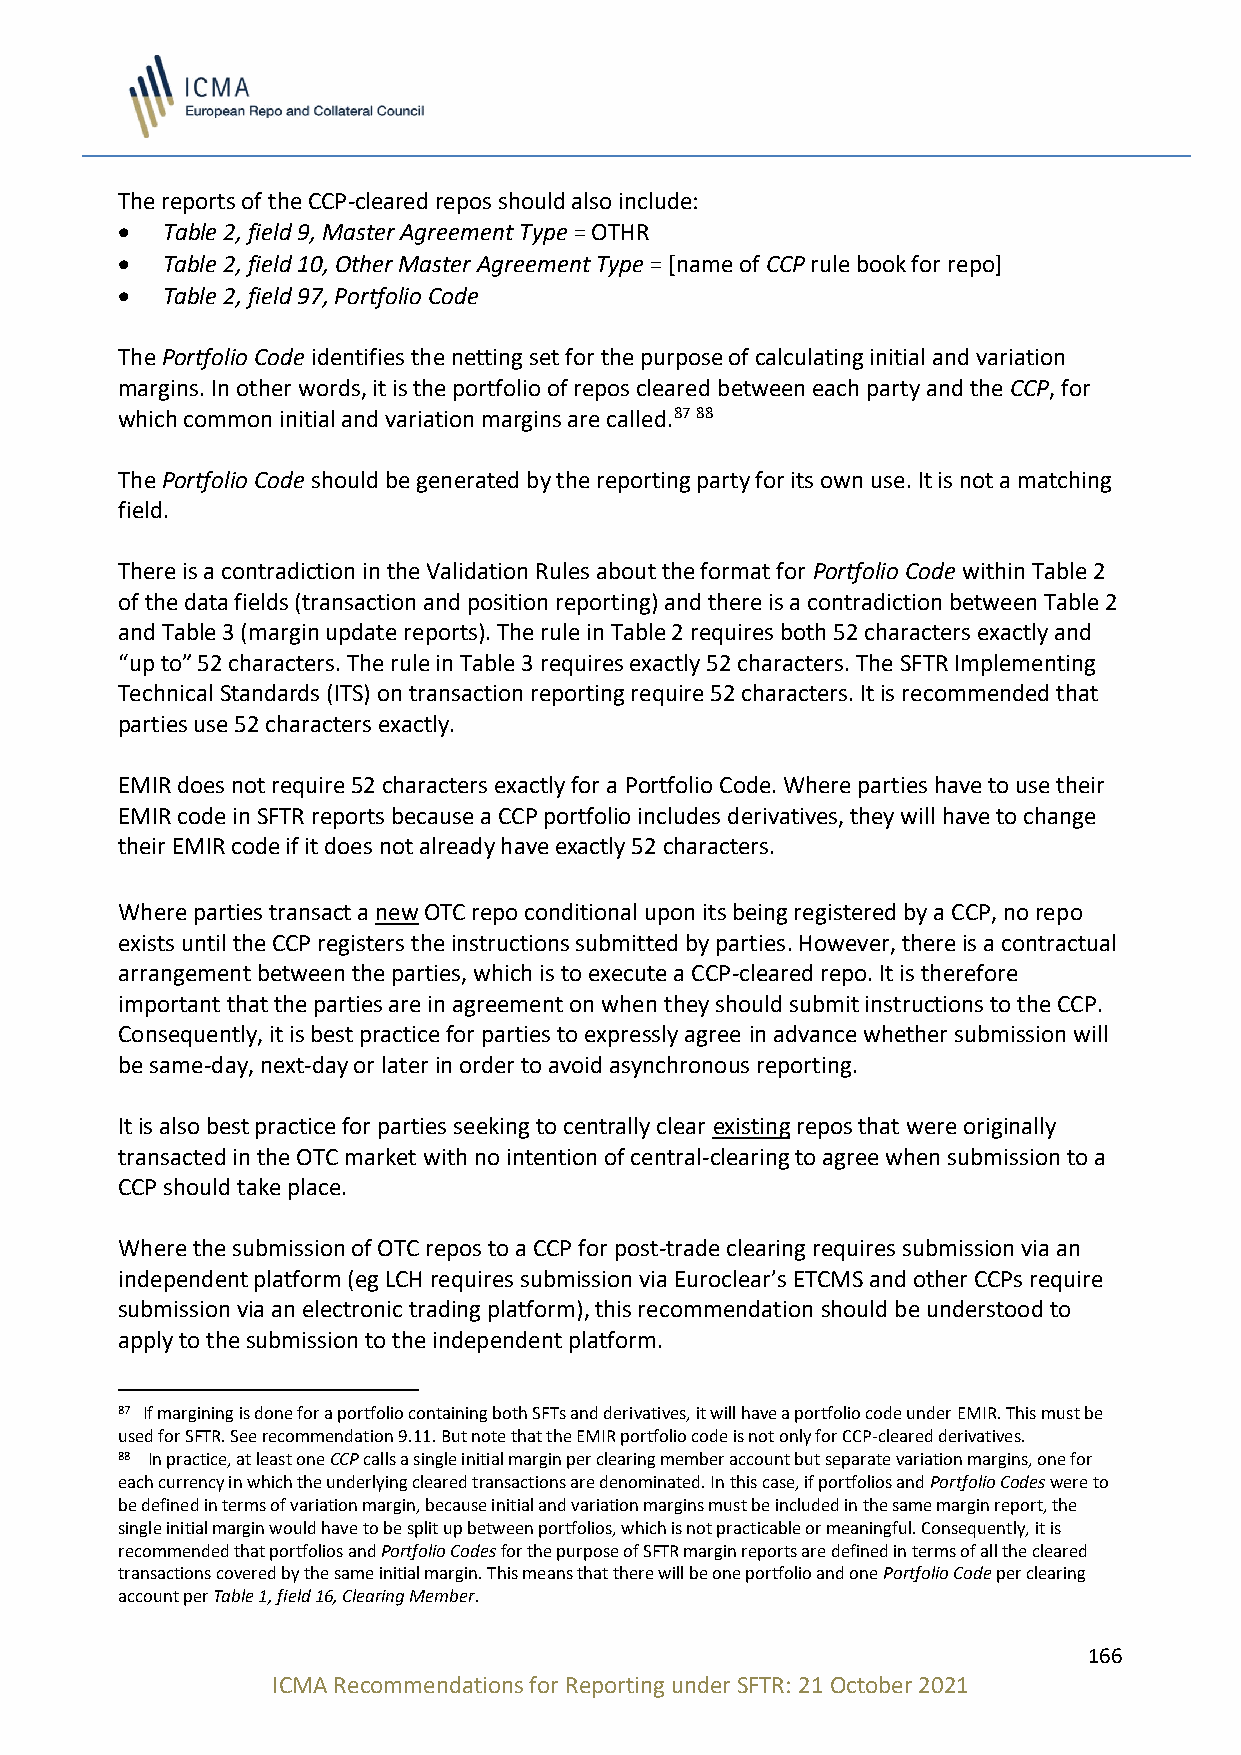
The reports of the CCP-cleared repos should also include:
 •  Table 2, field 9, Master Agreement Type = OTHR
 •  Table 2, field 10, Other Master Agreement Type = [name of CCP rule book for repo]
 •  Table 2, field 97, Portfolio Code
 The Portfolio Code identifies the netting set for the purpose of calculating initial and variation
 margins. In other words, it is the portfolio of repos cleared between each party and the CCP, for
 which common initial and variation margins are called.87 88
 The Portfolio Code should be generated by the reporting party for its own use. It is not a matching
 field.
 There is a contradiction in the Validation Rules about the format for Portfolio Code within Table 2
 of the data fields (transaction and position reporting) and there is a contradiction between Table 2
 and Table 3 (margin update reports). The rule in Table 2 requires both 52 characters exactly and
 “up to” 52 characters. The rule in Table 3 requires exactly 52 characters. The SFTR Implementing
 Technical Standards (ITS) on transaction reporting require 52 characters. It is recommended that
 parties use 52 characters exactly.
 EMIR does not require 52 characters exactly for a Portfolio Code. Where parties have to use their
 EMIR code in SFTR reports because a CCP portfolio includes derivatives, they will have to change
 their EMIR code if it does not already have exactly 52 characters.
 Where parties transact a new OTC repo conditional upon its being registered by a CCP, no repo
 exists until the CCP registers the instructions submitted by parties. However, there is a contractual
 arrangement between the parties, which is to execute a CCP-cleared repo. It is therefore
 important that the parties are in agreement on when they should submit instructions to the CCP.
 Consequently, it is best practice for parties to expressly agree in advance whether submission will
 be same-day, next-day or later in order to avoid asynchronous reporting.
 It is also best practice for parties seeking to centrally clear existing repos that were originally
 transacted in the OTC market with no intention of central-clearing to agree when submission to a
 CCP should take place.
 Where the submission of OTC repos to a CCP for post-trade clearing requires submission via an
 independent platform (eg LCH requires submission via Euroclear’s ETCMS and other CCPs require
 submission via an electronic trading platform), this recommendation should be understood to
 apply to the submission to the independent platform.
 87 If margining is done for a portfolio containing both SFTs and derivatives, it will have a portfolio code under EMIR. This must be
 used for SFTR. See recommendation 9.11. But note that the EMIR portfolio code is not only for CCP-cleared derivatives.
 88 In practice, at least one CCP calls a single initial margin per clearing member account but separate variation margins, one for
 each currency in which the underlying cleared transactions are denominated. In this case, if portfolios and Portfolio Codes were to
 be defined in terms of variation margin, because initial and variation margins must be included in the same margin report, the
 single initial margin would have to be split up between portfolios, which is not practicable or meaningful. Consequently, it is
 recommended that portfolios and Portfolio Codes for the purpose of SFTR margin reports are defined in terms of all the cleared
 transactions covered by the same initial margin. This means that there will be one portfolio and one Portfolio Code per clearing
 account per Table 1, field 16, Clearing Member.
 166
 ICMA Recommendations for Reporting under SFTR: 21 October 2021